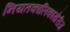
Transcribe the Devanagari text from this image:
नियतकालिकांखेरीज